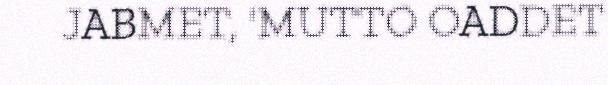
JABMET, 'MUTTO OADDET